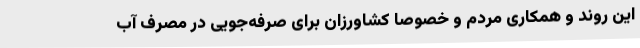
این روند و همکاری مردم و خصوصا کشاورزان برای صرفه‌جویی در مصرف آب